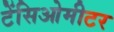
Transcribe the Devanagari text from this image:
टेंसिओमीटर